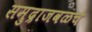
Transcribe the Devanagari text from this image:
समुद्राजवळचे